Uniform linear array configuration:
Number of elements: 64
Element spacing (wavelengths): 1
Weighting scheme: binomial
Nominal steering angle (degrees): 60
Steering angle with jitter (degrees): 60.231
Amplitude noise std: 0.05
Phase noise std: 0.05

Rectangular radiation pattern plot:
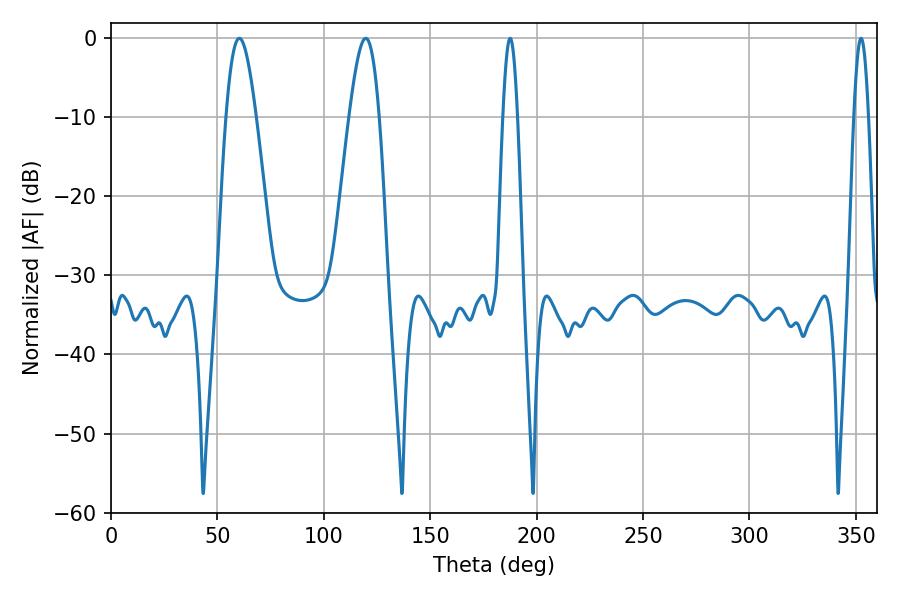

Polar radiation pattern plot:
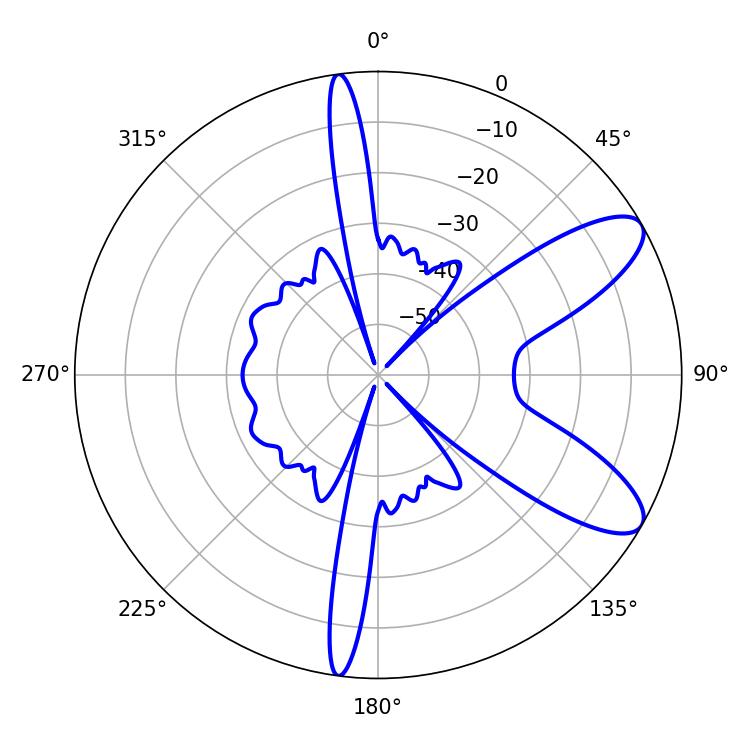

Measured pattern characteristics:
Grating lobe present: TRUE
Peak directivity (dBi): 9.321
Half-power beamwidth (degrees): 7.56
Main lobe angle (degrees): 60.3